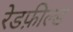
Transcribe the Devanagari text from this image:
रेडफ़ील्ड